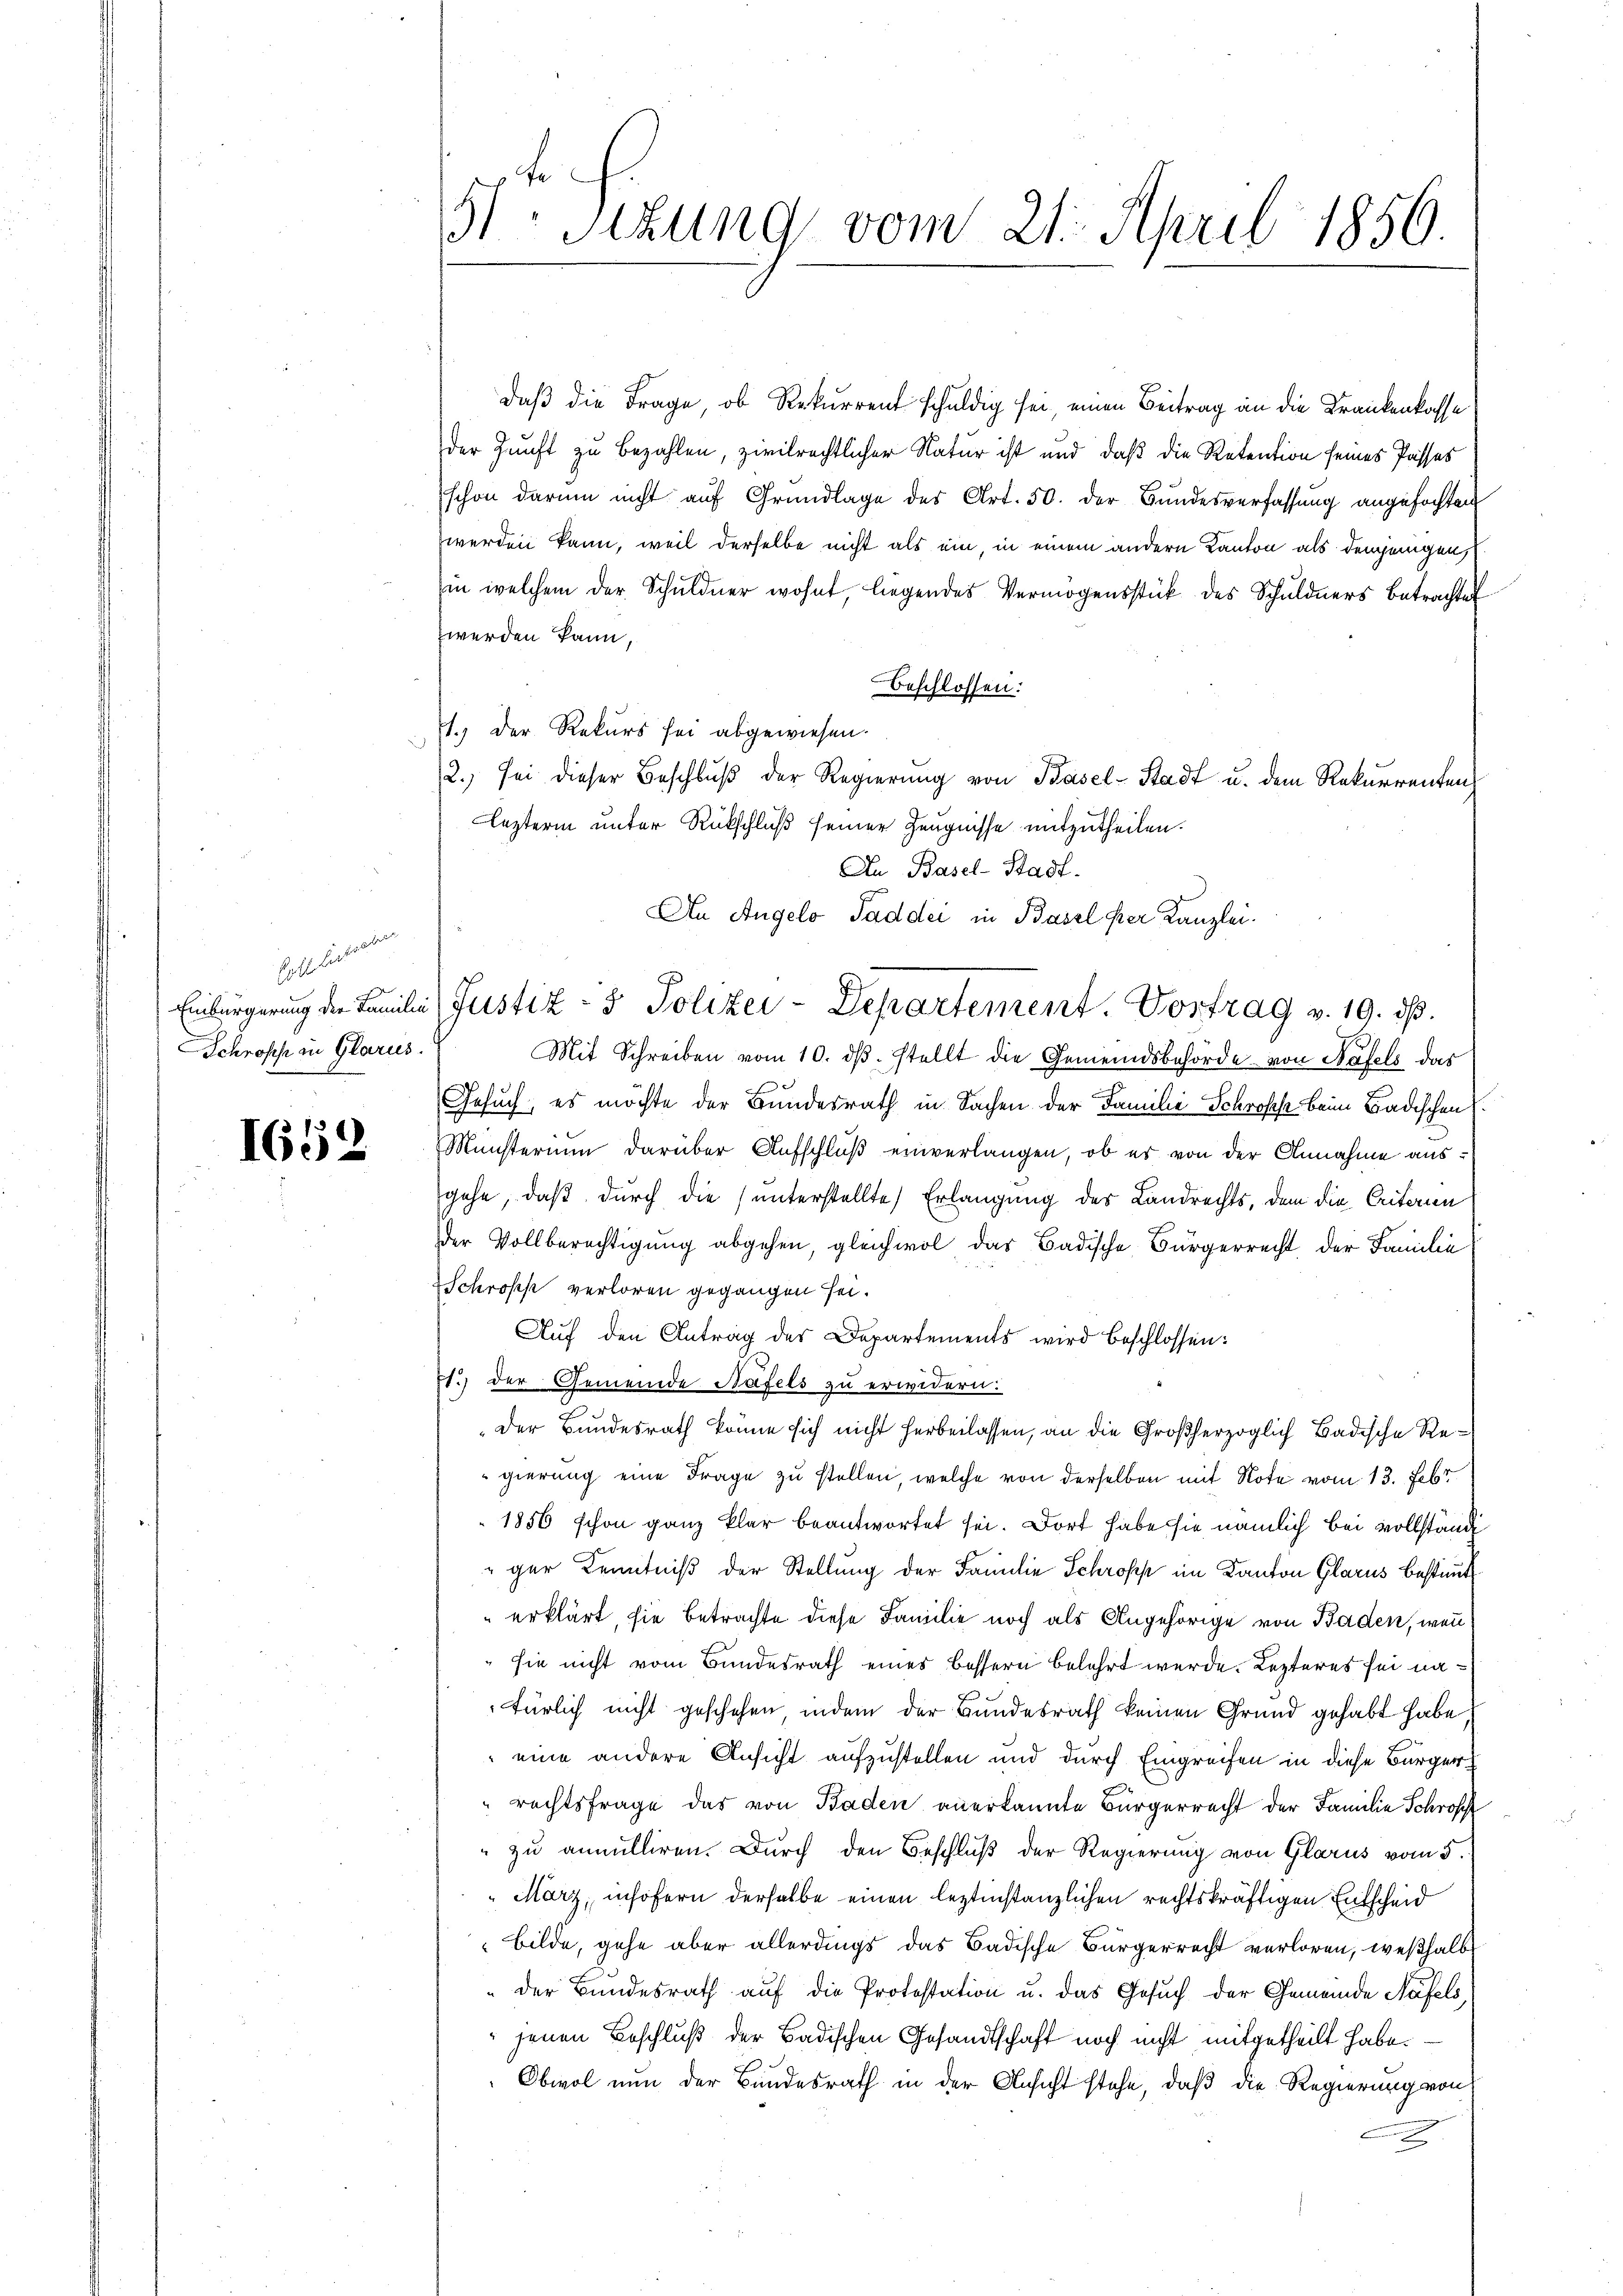
Hall betreten
Einbürgerung der Familien
Schroffe in Glarus.

1652

¬

sizung vom 21. April 1856.

daß die Frage, ob Rekurrent schuldig sei, einen Beitrag an die Krankenkasse
der Zunft zu bezahlen, zivilrechtlicher Natur ist und daß die Retention seines Passes
schon darum nicht auf Grundlage des Art. 50. der Bundesverfassung angefochten
werden kann, weil derselbe nicht als ein, in einem andern Kanton als demjenigen
in welchem der Schuldner wohnt, liegendes Vermögensstück des Schuldners Betrachte
werden kann,
Beschlossen:
1.) Der Rekurs sei abgewiesen.
2.) Sei dieser Beschlŭβ der Regierŭng von Basel-Stadt u. dem Rekurrenten
lezterm unter Rückschluß seiner Zeugnisse mitzutheilen.
An Basel-Stadt.
Mit Schreiben vom 10. dβ. stellt die Gemeindsbehörde von Häfels das
Gesuch, es möchte der Bundesrath in Sachen der Familie Schrosche beim Badischen.
Münsterium darüber Aufschluß einverlangen, ob er von der Annahme ausgehe, daß durch die (unterstellte Erlangung des Landrechts, dem die Criterien
der Vollberechtigung abgehen, gleichwol das Badische Bürgerrecht der Familie
Schröpf verloren gegangen sei.
Auf den Antrag des Departements wird beschlossen:
71.) Der Gemeinde Näfels zu erwidern:
Der Bundesrath könne sich nicht herbeilassen, an die Großherzoglich Badische Regierung eine Frage zu stellen, welche von derselben mit Note vom 13. Febr
1856 schon ganz klar beantwortet sei. Dort habe sie nämlich bei vollständi
"ger Kenntniß der Stellung der Familie Schropp im Kanton Glarus bestimmt
erklärt, sie betrachte diese Familie noch als Angehörige von Baden, wenn
sie nicht vom Bundesrath eines bessern belehrt werde. Lezteres sei nafürlich nicht geschehen, indem der Bundesrath keinen Grund gehabt habe,
eine andere Ansicht aufzustellen und durch Eingreifen in diese Bürger¬
" rechtsfrage das von Baden anerkannte Bürgerrecht der Familie Schroff
" zu annulliren. Durch den Beschluß der Regierung von Glarus vom 5.
März, insofern derselbe einen leztinstanzlichen rechtskräftigen Entscheid
bilde, gehe aber allerdings das Badische Bürgerrecht verloren, weßhalb
"der Bundesrath auf die Protestation u. das Gesuch der Gemeinde Näfels
jenen Beschluß der Badischen Gesandtschaft noch nicht mitgetheilt habe.
Obwol nun der Bundesrath in der Ansicht stehe, daß die Regierung von
x

An Angelo Saddei in Basel per Kanzlei.
Justiz- & Polizei-Departement. Vortrag v. 19. ds.